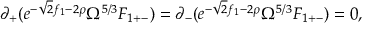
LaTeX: \partial _ { + } ( e ^ { - \sqrt { 2 } f _ { 1 } - 2 \rho } \Omega ^ { 5 / 3 } F _ { 1 + - } ) = \partial _ { - } ( e ^ { - \sqrt { 2 } f _ { 1 } - 2 \rho } \Omega ^ { 5 / 3 } F _ { 1 + - } ) = 0 ,